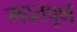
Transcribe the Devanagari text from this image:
मदतपूर्ण